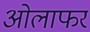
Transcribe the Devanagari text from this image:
ओलाफर